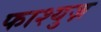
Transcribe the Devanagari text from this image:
फाश्युज़